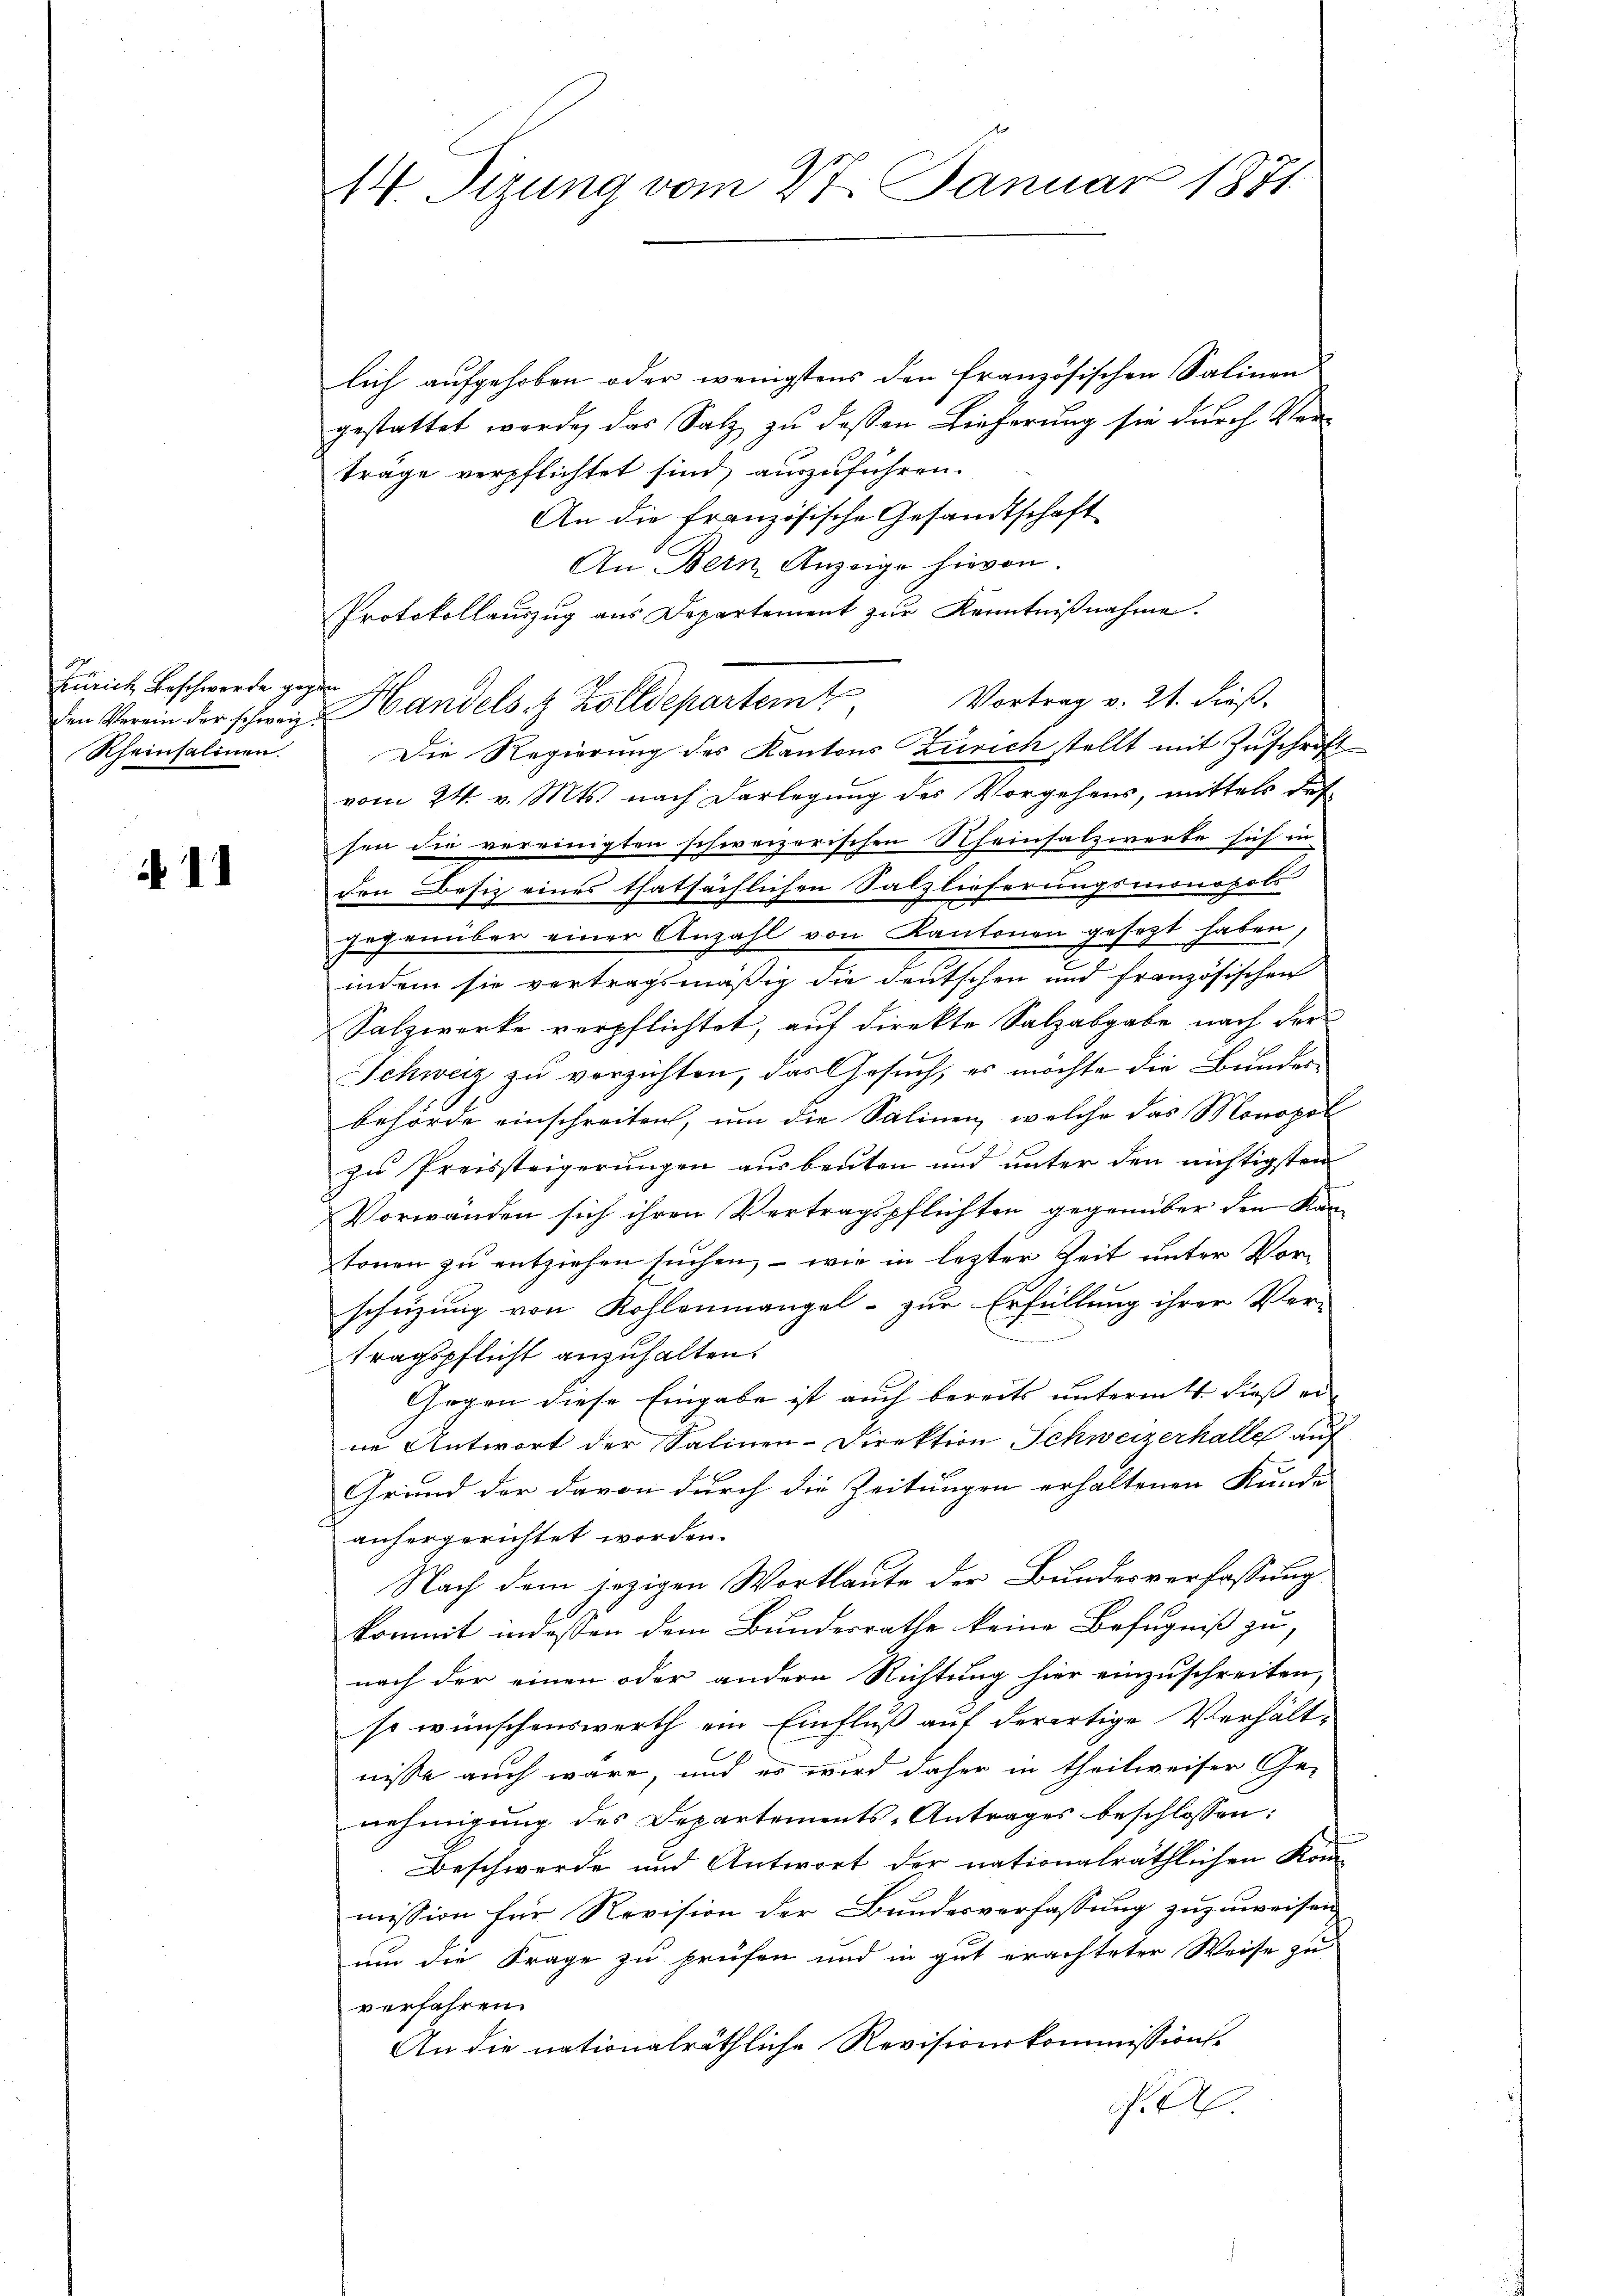
Zürich Beschwerde gegen
Rheinsalinen.

if. 11

lich aufgehoben oder wenigstens den französischen Salinen
gestattet werde, das Salz zu dessen Lieferung sie durch Verträge verpflichtet sind, auszuführen.
An die französische Gesandtschaft
An Bern Anzeige hievon.
Protokollauszug aus Departement zur Kenntnißnahme.
Vortrag v. 21. dieß.
Die Regierung des Kantons Zürich stellt mit Zuschrift
vom 24. v. Mts. nach Darlegung des Vorgehens, mittels des
sen die vereinigten schweizerischen Rheinsalzwerte sich in
con Besitz eines thatsächlichen Salzlieferungsmonopols
gegenüber einer Anzahl von Kantonen gesezt haben,
indem sie vertragsmäßig die deutschen und französischen
Salzwerke verpflichtet, auf direkte Salzabgabe nach der
Schweiz zu verzichten, das Gesuch, es möchte die Bundes
behörde einschreiten, um die Salinen, welche das Monopol
zu Preissteigerungen ausbeuten und unter den nichtigsten
Vorwanden sich ihren Vertragspflichten gegenüber den Kantonen zu entziehen suchen, – wie in lezter Zeit unter Vorschüzung von Kohlenmangel - zur Erfüllung ihrer Ver-
tragspflicht anzuhalten.
Gegen diese Eingabe ist auch bereits untermitt. dies er-
ne Antwort der Salinen-Direktion Schweizerhalle auf
Grund der davon durch die Zeitungen erhaltenen Kunde
anhergerichtet worden.
Nach dem jezigen Wortlaute der Bundesverfassung
kommt indessen dem Bundesrathe keine Befugniß zu,
nach der einen oder andern Richtung hier einzuschreiten,
so wünschenswerth ein Einfluß auf derertige Verhält-
nisse auch wäre, und es wird daher in theilweiser Ge-
nehmigung des Departements-Antrages beschlossen:
Beschwerde und Antwort der nationalräthlichen Kom-
mission für Revision der Bundesverfassung zuzuweisen
um die Frage zu prüfen und in gut erachteter Weise zu
verfahren.
An die nationalräthliche Revisionskommissions-
 A

14. Sizung vom 27. Januar 1871

den Verein der schweiz. Handels- & Zolldepartem

n